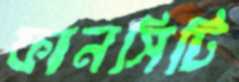
ফানসিটি